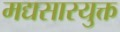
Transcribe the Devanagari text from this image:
मद्यसारयुक्त